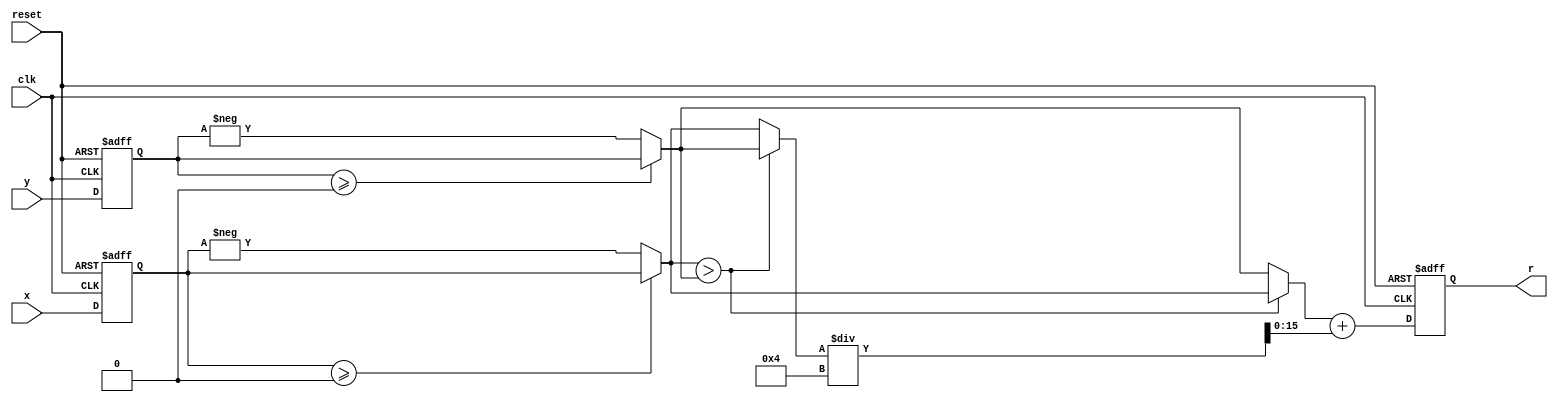
//*********************************************************
// IEEE STD 1364-2001 Verilog file:  magnitude.v 
// Author-EMAIL: Uwe.Meyer-Baese@ieee.org
//*********************************************************
module magnitude
  (input clk,                 // System clock
   input reset,               // Asynchron reset
   input signed [15:0] x, y,  // System input 
   output reg signed [15:0] r);   // System output
// --------------------------------------------------------
  reg signed [15:0] x_r, y_r, ax, ay, mi, ma;
  // approximate the magnitude via 
  // r = alpha*max(|x|,|y|) + beta*min(|x|,|y|)
  // use alpha=1 and beta=1/4

  always @(posedge reset or posedge clk) // Control the                          
    if (reset) begin       // system sample at clk rate
      x_r  <= 0; y_r <= 0;  // Asynchronous clear
    end else begin 
      x_r <= x; y_r <= y;
    end
    
    always @* begin
    ax = (x_r>=0)? x_r : -x_r; // take absolute values first
    ay = (y_r>=0)? y_r : -y_r; 
    
    if (ax > ay) begin   // Determine max and min values
      mi = ay;
      ma = ax;
    end else begin 
      mi = ax;
      ma = ay;
    end
    end
    
    always @(posedge reset or posedge clk)
    if (reset)              // Asynchronous clear
      r  <= 0;
    else
      r <= ma + mi/4; // compute r=alpha*max+beta*min  
  
endmodule